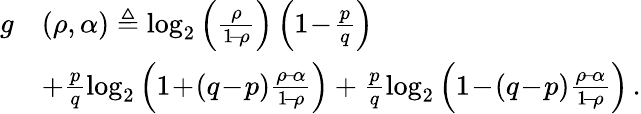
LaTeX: \begin{array}{rl}{g}&{(\rho,\alpha)\triangleq\log_{2}\left(\frac{\rho}{1\! -\! \rho}\right)\left(1\! -\! \frac{p}{q}\right)}\\ &{+\frac{p}{q}\log_{2}\left(1\! +\! (q\! -\! p)\frac{\rho\! -\! \alpha}{1\! -\! \rho}\right)+\frac{p}{q}\log_{2}\left(1\! -\! (q\! -\! p)\frac{\rho\! -\! \alpha}{1\! -\! \rho}\right)\, .}\end{array}